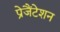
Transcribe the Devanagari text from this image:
प्रेजैंटेशन